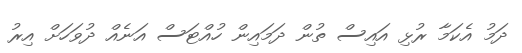
ދަމު އެކަމާ ރުޅި އައިސް ތުން ދަމައިން ހުއްޓަސް އަނެއް ދުވަހަށް އިރު